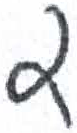
אות: ד